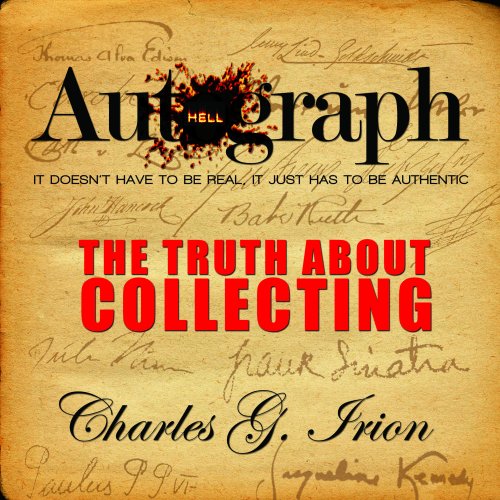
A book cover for Autograph Hell - The Truth About Collecting; Charles G. Irion; Crafts, Hobbies & Home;